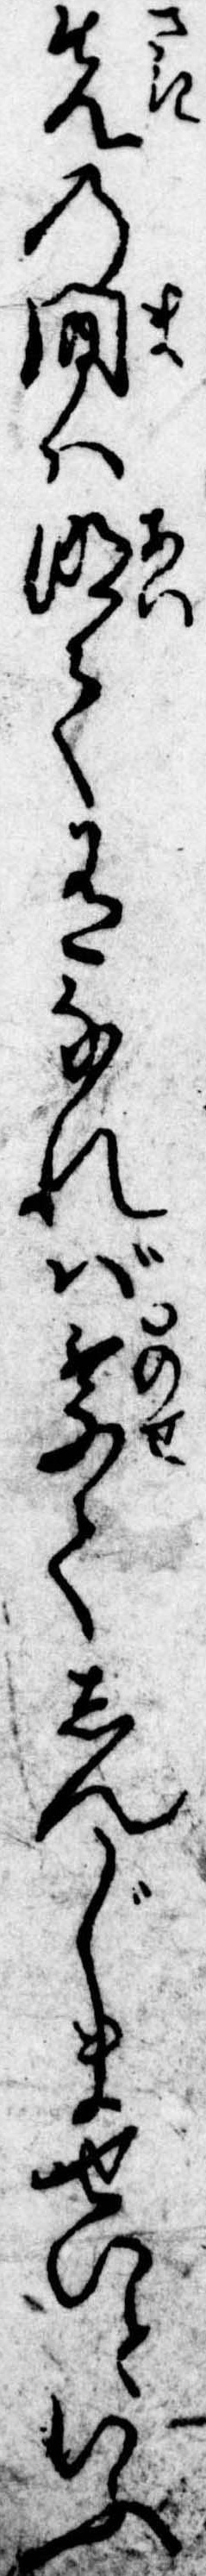
先の間は明て有なれば乗てしんじませいといふ